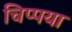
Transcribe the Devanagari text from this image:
चिप्पया